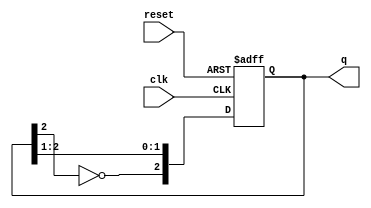
module JohnsonCounter #(
    parameter N = 3  // Number of flip-flops
)(
    input wire clk,        // Clock signal
    input wire reset,      // Asynchronous reset
    output reg [N-1:0] q   // Output state of the counter
);

    // Always block triggered on the rising edge of the clock or the reset signal
    always @(posedge clk or posedge reset) begin
        if (reset) begin
            q <= 0;  // Reset the counter to 0
        end else begin
            // Johnson counter state transition
            q <= {~q[N-1], q[N-1:N-2]};  // Feedback mechanism
        end
    end

endmodule